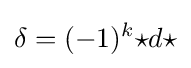
\delta =(-1)^{k}{\star }d{\star }